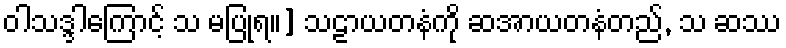
ဝါသဒ္ဒါကြောင့် သ မပြုရ။] သဠာယတနံကို ဆအာယတနံတည်, သ ဆဿ